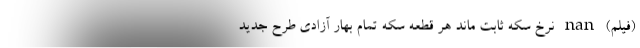
(فیلم) nan نرخ سکه ثابت ماند هر قطعه سکه تمام بهار آزادی طرح جدید